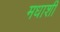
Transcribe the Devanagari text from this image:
मधाशी